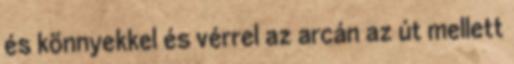
és könnyekkel és vérrel az arcán az út mellett